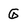
Character: G